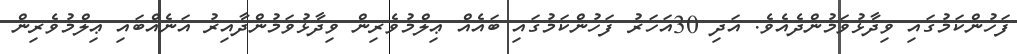
ފަހުންކަމުގައި ވިދާޅުވަމުންދެއެވެ. އަދި 30އަހަރު ފަހުންކަމުގައި ބައެއް ޢިލްމުވެރިން ވިދާޅުވަމުންދާއިރު އަނެއްބައި ޢިލްމުވެރިން